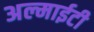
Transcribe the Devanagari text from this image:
अल्माईटी